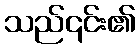
သည်၎င်း၏